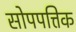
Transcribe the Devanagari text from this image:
सोपपत्तिक